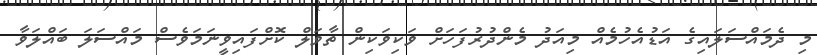
މި ދެމައްސަލައިގެ އަޑުއެހުމެއް މިއަދު މެންދުރުފަހަށް ވަކިވަކިން ތާވަލް ކޮށްފައިވީނަމަވެސް މައްސަލަ ބައްލަވާ